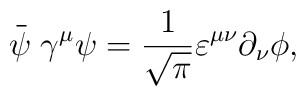
\stackrel{\_}{\psi }\gamma ^{\mu }\psi =\frac{1}{\sqrt{\pi }}\varepsilon^{\mu \nu }\partial _{\nu }\phi ,